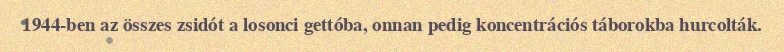
1944-ben az összes zsidót a losonci gettóba, onnan pedig koncentrációs táborokba hurcolták.